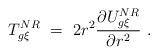
LaTeX: \begin{align*}T_{g\xi}^{NR}\ =\ 2r^2\frac{\partial U_{g\xi}^{NR}}{\partial r^2}\ .\end{align*}